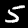
Digit: 5